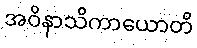
အဝိနာသိကာယောတိ